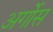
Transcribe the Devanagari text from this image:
अर्गोस